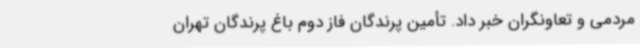
مردمی و تعاونگران خبر داد. تأمین پرندگان فاز دوم باغ پرندگان تهران